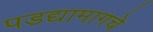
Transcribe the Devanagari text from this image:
पडद्यामागचे